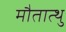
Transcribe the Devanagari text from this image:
मौतात्थु